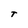
Character: T